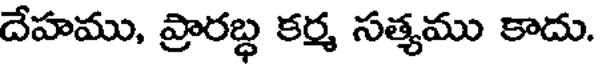
దేహము, ప్రారబ్ధ కర్మ సత్యము కాదు.